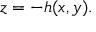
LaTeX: z = - h ( x , y ) .